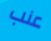
عنب